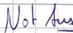
Text: Not Aus